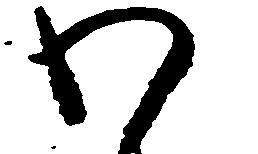
わ